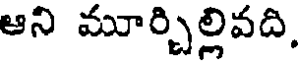
ఆని మూర్చిల్లివది,